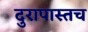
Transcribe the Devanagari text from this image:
दुरापास्तच